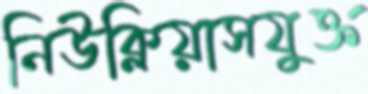
নিউক্লিয়াসযুক্ত